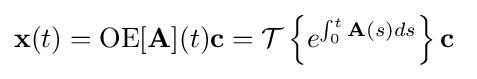
\mathbf {x} (t)=\operatorname {OE} [\mathbf {A} ](t)\mathbf {c} ={\mathcal {T}}\left\{e^{\int _{0}^{t}\mathbf {A} (s)ds}\right\}\mathbf {c} ~